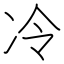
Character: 冷